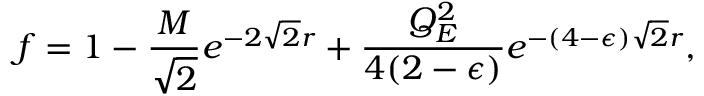
f = 1 - { \frac { M } { \sqrt 2 } } e ^ { - 2 \sqrt 2 r } + { \frac { Q _ { E } ^ { 2 } } { 4 ( 2 - \epsilon ) } } e ^ { - ( 4 - \epsilon ) \sqrt 2 r } ,